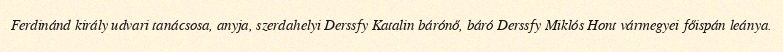
Ferdinánd király udvari tanácsosa, anyja, szerdahelyi Derssfy Katalin bárónő, báró Derssfy Miklós Hont vármegyei főispán leánya.